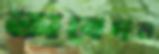
অবেদন